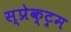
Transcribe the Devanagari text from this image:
स्प्रेक्ट्रम